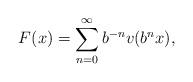
LaTeX: \begin{align*}F(x) = \sum_{n=0}^{\infty}b^{-n}v(b^nx),\end{align*}